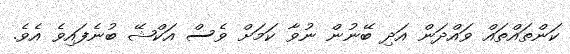
ކަންތައްތައް ވައްދަން އަދި ބޭނުން ނުވާ ކަމަށް ވެސް އަކްޝޭ ބުނެފައިވެ އެވެ.